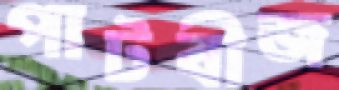
পাটবীজ